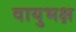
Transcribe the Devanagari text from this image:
वायुभक्ष